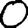
Digit: 0